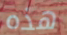
هذه